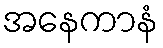
အနေကာနံ